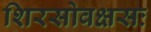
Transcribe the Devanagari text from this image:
शिरसोवक्षसः